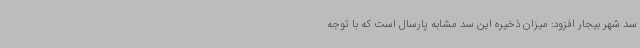
سد شهر بیجار افزود: میزان ذخیره این سد مشابه پارسال است که با توجه